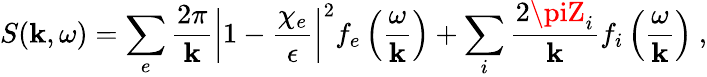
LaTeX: S(\mathbf{k},\omega)=\sum_{e}\frac{{2\pi}}{{\mathbf{k}}}\left|1-\frac{{\chi_{e}}}{{\epsilon}}\right|^{2}f_{e}\left(\frac{{\omega}}{{\mathbf{k}}}\right)+\sum_{i}\frac{{2\piZ_{i}}}{{\mathbf{k}}}f_{i}\left(\frac{{\omega}}{{\mathbf{k}}}\right)\ ,